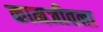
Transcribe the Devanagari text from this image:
कामजीवना